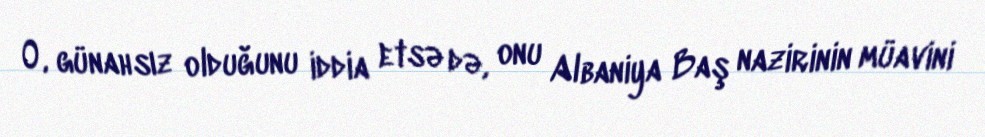
O, günahsız olduğunu iddia etsə də, onu Albaniya Baş nazirinin müavini